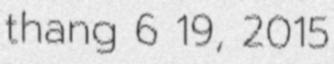
thang 6 19, 2015